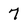
Character: 7